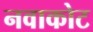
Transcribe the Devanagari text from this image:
नवाकोट